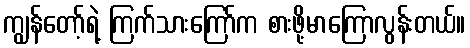
ကျွန်တော့်ရဲ့ ကြက်သားကြော်က စားဖို့မာကြောလွန်းတယ်။